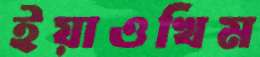
ইয়াওখিম